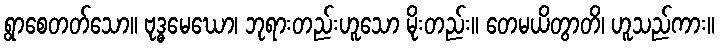
ရွာစေတတ်သော။ ဗုဒ္ဓမေဃော၊ ဘုရားတည်းဟူသော မိုးတည်း။ တေမယိတွာတိ၊ ဟူသည်ကား။